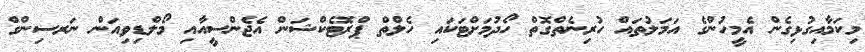
މިކަމާއިގުޅިގެން އެމީހުންގެ އަމަލުތައް ހުރިނެތްގޮތް ހޯދުމަށްޓަކައި ހެލްތް ޕްރޮޓެކްޝަން އެޖެންސީއާއި މޯލްޑިވިއަން ނަރސިންގް